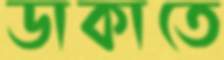
ডাকাতে